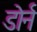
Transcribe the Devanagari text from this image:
डोर्न